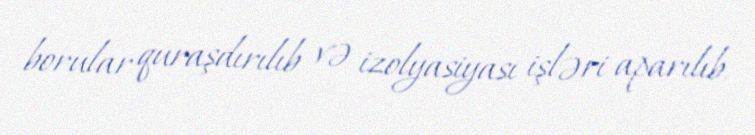
borular quraşdırılıb və izolyasiyası işləri aparılıb.